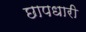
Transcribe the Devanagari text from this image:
छापधारी